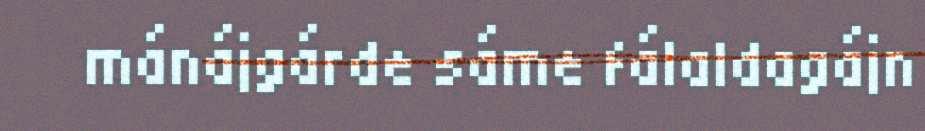
mánájgárde sáme fálaldagájn